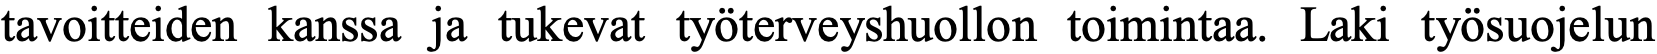
tavoitteiden kanssa ja tukevat työterveyshuollon toimintaa. Laki työsuojelun